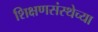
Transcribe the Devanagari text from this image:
शिक्षणसंस्थेच्या